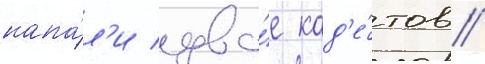
напа́л'и дво́е кад'е́тов //